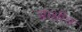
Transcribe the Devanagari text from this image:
ब्रास़ील